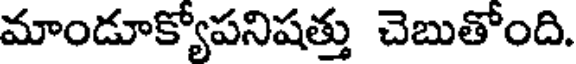
మాండూక్యోపనిషత్తు చెబుతోంది.